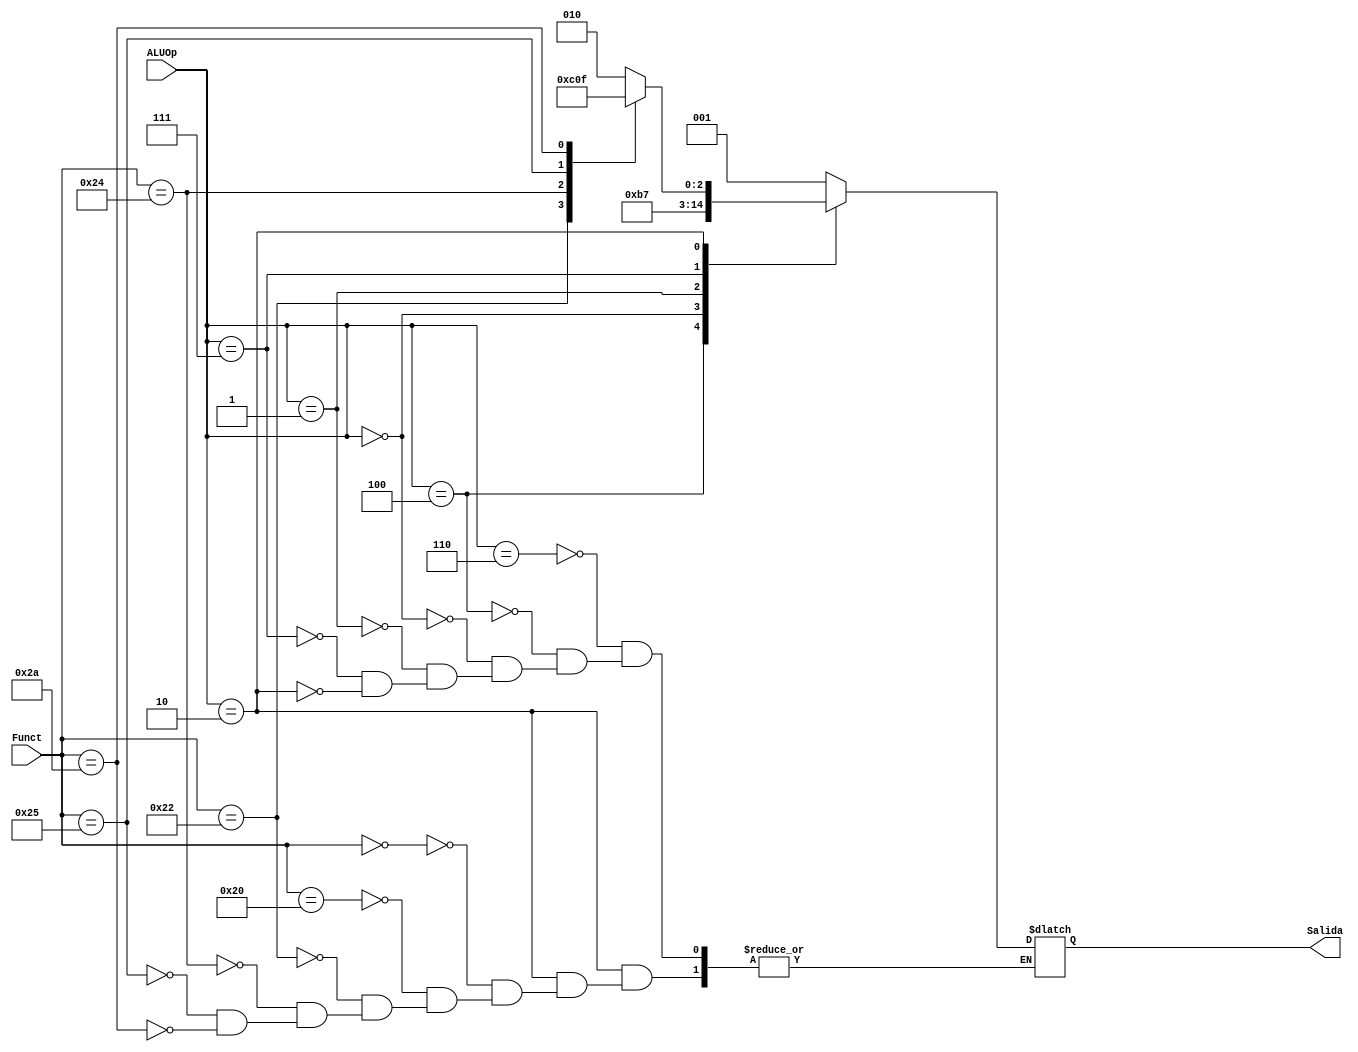
`timescale 1ns/1ns

module ALUCONTROL (
	input [5:0] Funct,
	input [2:0] ALUOp,
	output reg [2:0] Salida
);

always @*
begin
	case (ALUOp)
		3'b110:
		begin
			Salida = 3'b001;
		end
		3'b100:
		begin
			Salida = 3'b000;
		end
		3'b000:
		begin
			Salida = 3'b010;
		end
		3'b001:
		begin
			Salida = 3'b110;
		end
		3'b111:
		begin
			Salida = 3'b111;
		end
		3'b010:
		begin
			case (Funct)
				6'b000000:
				begin	
					//NOp
					Salida = 3'bxxx;
				end
				6'b100000:
				begin	
					//add
					Salida = 3'b010;
				end
				6'b100010:
				begin
					//sub
					Salida = 3'b110;
				end
				6'b100100:
				begin
					//and
					Salida = 3'b000;
				end
				6'b100101:
				begin
					//or
					Salida = 3'b001;
				end
				6'b101010:
				begin
					//SLT
					Salida = 3'b111;
				end
			endcase
		end
	endcase
end

endmodule